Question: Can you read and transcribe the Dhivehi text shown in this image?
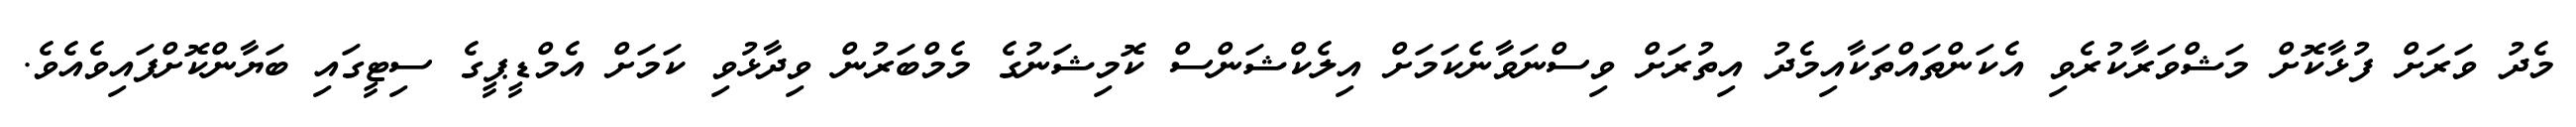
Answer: މެދު ވަރަށް ފުޅާކޮށް މަޝްވަރާކުރެވި އެކަންތައްތަކާއިމެދު އިތުރަށް ވިސްނަވާނެކަމަށް އިލެކްޝަންސް ކޮމިޝަނުގެ މެމްބަރުން ވިދާޅުވި ކަމަށް އެމްޑީޕީގެ ސިޓީގައި ބަޔާންކޮށްފައިވެއެވެ.